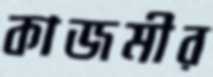
কাজমীর